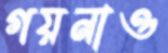
গয়নাও